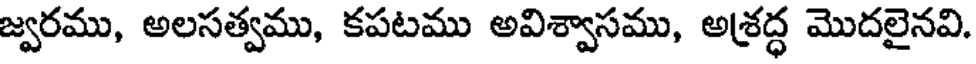
జ్వరము, అలసత్వము, కపటము అవిశ్వాసము, అశ్రద్ధ మొదలైనవి.